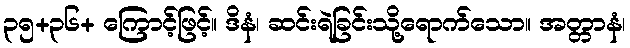
၃၅+၃၆+ ကြောင့်ဖြင့်။ ဒိနံ၊ ဆင်းရဲခြင်းသို့ရောက်သော။ အတ္တာနံ၊